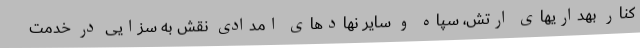
کنار بهداریهای ارتش، سپاه و سایر نهادهای امدادی نقش به سزایی در خدمت